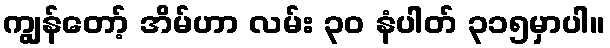
ကျွန်တော့် အိမ်ဟာ လမ်း ၃၀ နံပါတ် ၃၁၅မှာပါ။